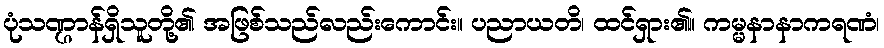
ပုံသဏ္ဌာန်ရှိသူတို့၏ အဖြစ်သည်လည်းကောင်း။ ပညာယတိ၊ ထင်ရှား၏။ ကမ္မနာနာကရဏံ၊